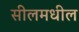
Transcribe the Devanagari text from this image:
सीलमधील